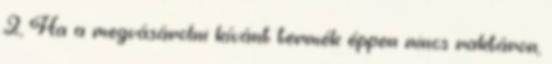
2, Ha a megvásárolni kívánt termék éppen nincs raktáron,